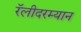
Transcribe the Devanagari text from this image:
रॅलीदरम्यान